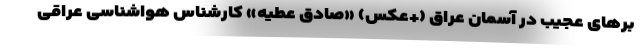
بر‌های عجیب در آسمان عراق (+عکس) «صادق عطیه» کارشناس هواشناسی عراقی